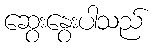
ဆွေးနွေးပါသည်